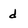
Character: d